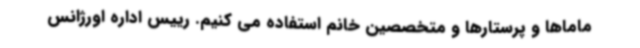
ماماها و پرستارها و متخصصین خانم استفاده می کنیم. رییس اداره اورژانس